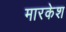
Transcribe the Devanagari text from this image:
मारकेश